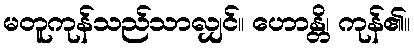
မတူကုန်သည်သာလျှင်။ ဟောန္တိ၊ ကုန်၏။